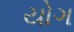
યોગ